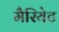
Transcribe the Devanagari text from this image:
मैरियेट